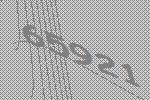
65921